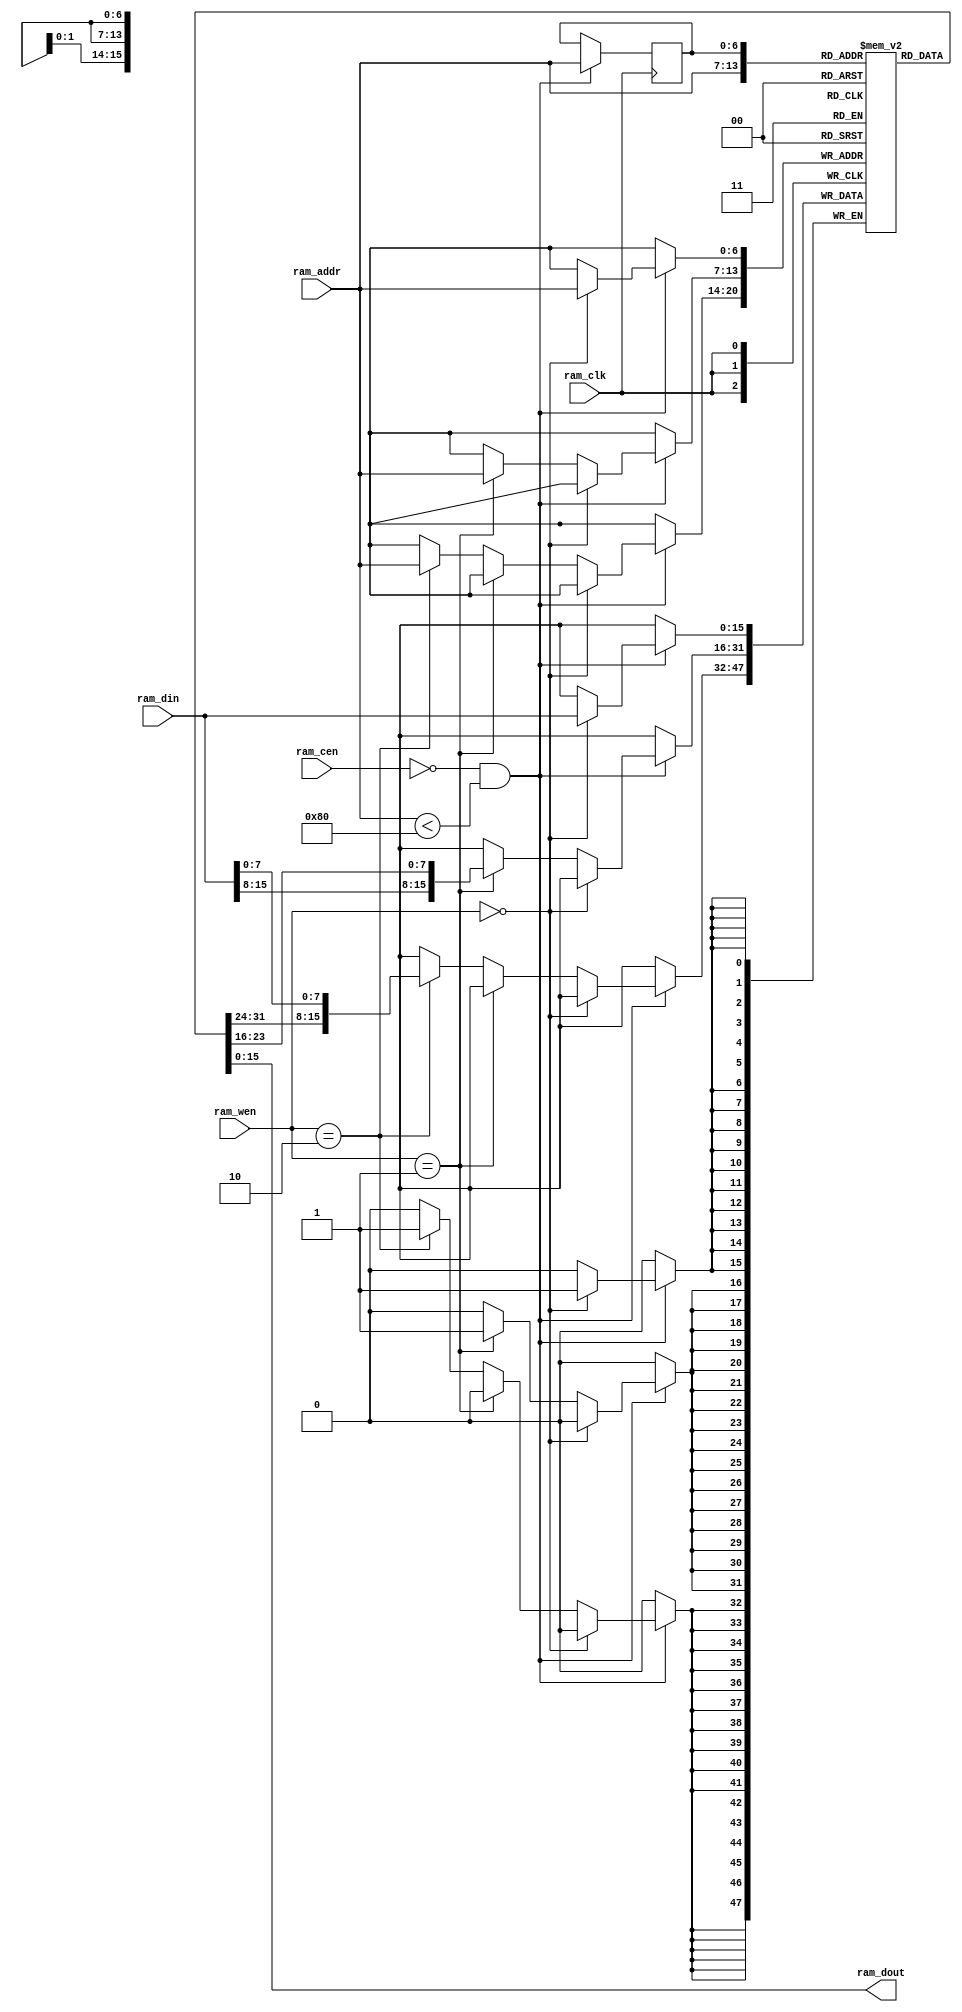
module ram_sp_1 (
    ram_dout,                      
    ram_addr,                      
    ram_cen,                       
    ram_clk,                       
    ram_din,                       
    ram_wen                        
);
parameter ADDR_MSB   =  6;         
parameter MEM_SIZE   =  256;       
output      [15:0] ram_dout;       
input [ADDR_MSB:0] ram_addr;       
input              ram_cen;        
input              ram_clk;        
input       [15:0] ram_din;        
input        [1:0] ram_wen;        
reg         [15:0] mem [0:(MEM_SIZE/2)-1];
reg   [ADDR_MSB:0] ram_addr_reg;
wire        [15:0] mem_val = mem[ram_addr];
always @(posedge ram_clk)
  if (~ram_cen && (ram_addr<(MEM_SIZE/2)))
    begin
      if      (ram_wen==2'b00) mem[ram_addr] <= ram_din;
      else if (ram_wen==2'b01) mem[ram_addr] <= {ram_din[15:8], mem_val[7:0]};
      else if (ram_wen==2'b10) mem[ram_addr] <= {mem_val[15:8], ram_din[7:0]};
      ram_addr_reg <= ram_addr;
    end
assign ram_dout = mem[ram_addr_reg];
endmodule